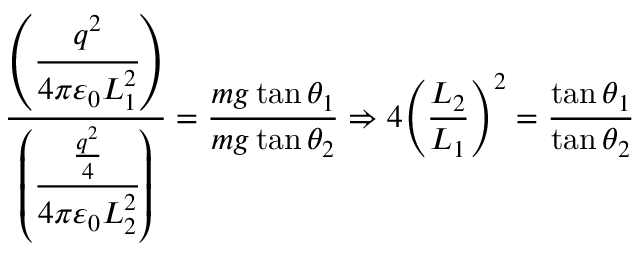
{ \frac { \left( { \cfrac { q ^ { 2 } } { 4 \pi \varepsilon _ { 0 } L _ { 1 } ^ { 2 } } } \right) } { \left( { \cfrac { \frac { q ^ { 2 } } { 4 } } { 4 \pi \varepsilon _ { 0 } L _ { 2 } ^ { 2 } } } \right) } } = { \frac { m g \tan \theta _ { 1 } } { m g \tan \theta _ { 2 } } } \Rightarrow 4 { \left( { \frac { L _ { 2 } } { L _ { 1 } } } \right) } ^ { 2 } = { \frac { \tan \theta _ { 1 } } { \tan \theta _ { 2 } } }